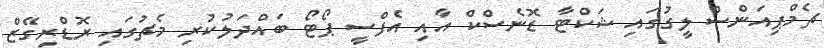
ޗެމްޕިއަންސް ލީގުގައި ޝަކްޓާ ޑޮނެސްކް އާއި އެފްސީ ޕޯޓޯ ބައްދަލުކުރި މެޗުގައި ރޮޑްރިގޭޒް